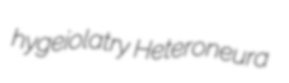
hygeiolatry Heteroneura